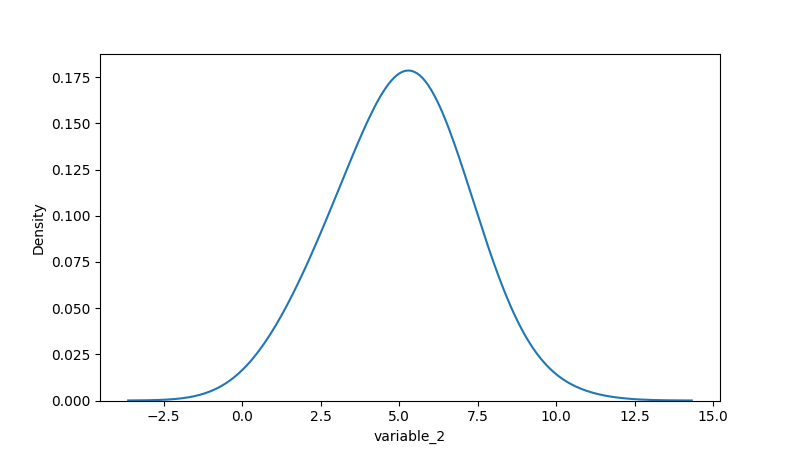
python, seaborn, kdeplot, hue='None', fill=False, bw_adjust=2.0